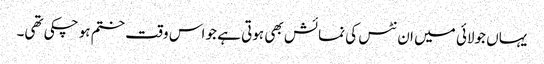
یہاں جولائی میں ان نٹس کی نمائش بھی ہوتی ہے جو اس وقت ختم ہو چکی تھی۔